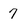
Character: 7